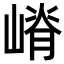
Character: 嵴